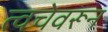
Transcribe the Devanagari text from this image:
त्वचेवरून